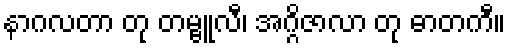
နာဂလတာ တု တမ္ဗူလီ၊ အဂ္ဂိဇာလာ တု ဓာတကီ။